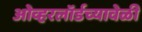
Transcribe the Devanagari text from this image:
ओव्हरलॉर्डच्यावेळी